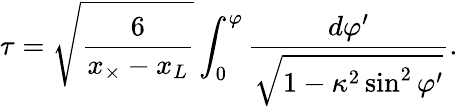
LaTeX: \tau=\sqrt{\frac 6{x_{\times}-x_{L}}}\int_{0}^{\varphi}\frac{d\varphi^{\prime}}{\sqrt{1-\kappa^{2}\sin^{2}\varphi^{\prime}}}.